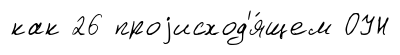
как 26 проjисход'я́щем ОУН